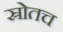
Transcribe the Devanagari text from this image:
स्रोतच